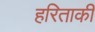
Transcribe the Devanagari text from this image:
हरिताकी